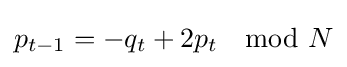
p_{t-1}=-q_{t}+2p_{t}\mod N